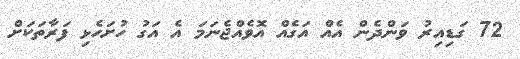
72 ގަޑިއިރު ވަންދެން އެއް އަގެއް އޮވެއްޖެނަމަ އެ އަގު ހުށަހެޅި ފަރާތަކަށް